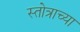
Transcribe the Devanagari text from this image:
स्तोत्राच्या